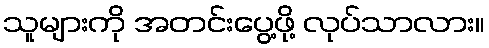
သူများကို အတင်းပွေ့ဖို့ လုပ်သာလား။